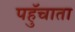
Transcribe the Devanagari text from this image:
पहुॅचाता